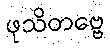
ဖုသိတဗ္ဗေ